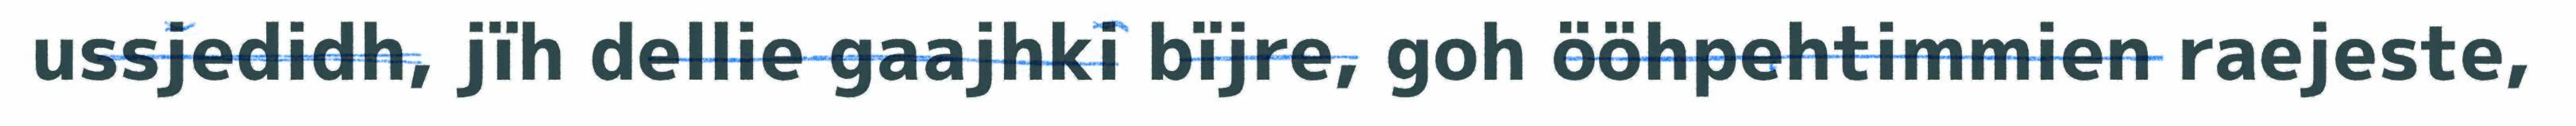
ussjedidh, jïh dellie gaajhki bïjre, goh ööhpehtimmien raejeste,